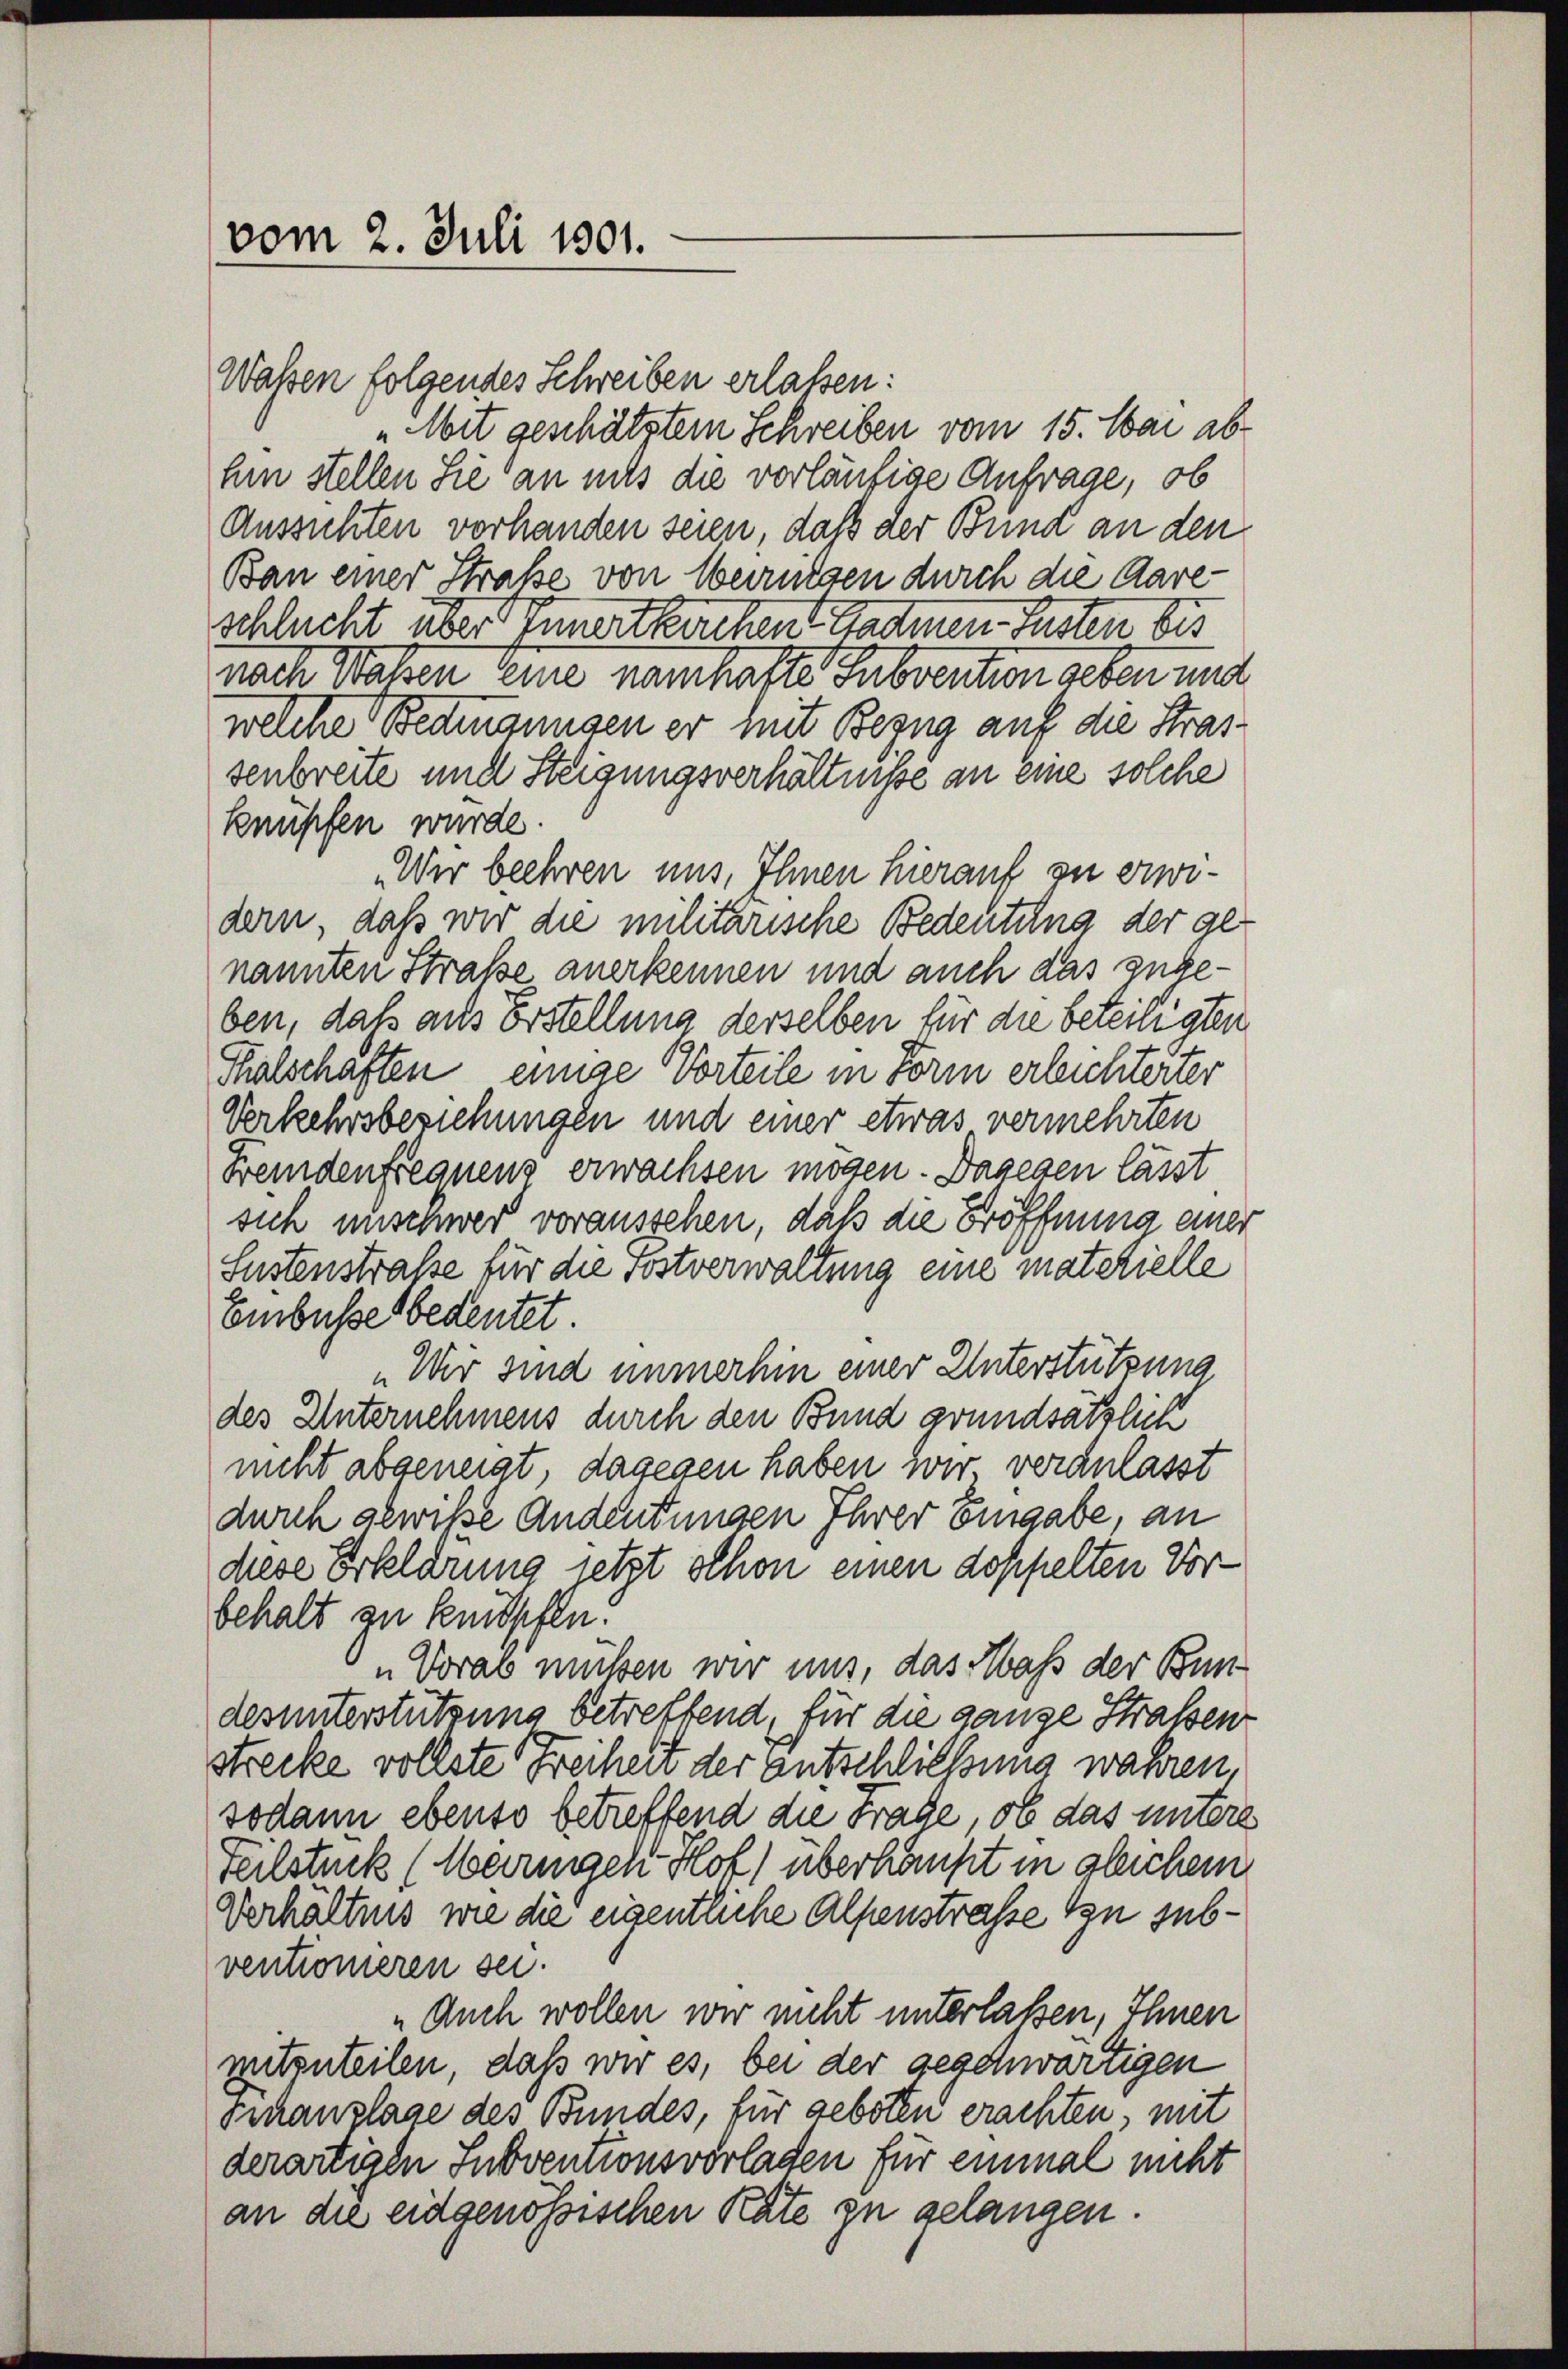
vom 2. Juli 1801.

Wassen folgendes Schreiben erlassen:
„Mit geschätztem Schreiben vom 15. Mai ab
hin stellen Sie an mits die vorläufige Anfrage, ob
Aussichten vorhanden seien, daß der Bund an den
Ban einer Straße von Oberreisen durch die Aareschlucht über Innertbachen Stadmen fasten bis
nach Wassen eine namhafte Subvention geben und
welche Bedingungen er mit Bezug auf die Stras
senbreite und Steigungsverhältnisse an eine solche
knüpfen wurde.
Wir beehren uns, Ihnen hierauf zu erwidern, daß wir die militarische Bedeutung der genannten Straße anerkennen und auch das zugeben, daß aus Erstellung derselben für die beteiligten
Thalschaften, einige Vorteile in Form erleichterter
Verkehrsbeziehungen und einer etwas vermehrten
Fremdenfrequenz erwachsen mögen. Dagegen lässt
sich unschwer voraussehen, daß die Eröffnung einer
Sustenstraße für die Postverwaltung eine materielle
Einbusse bedeutet.
„Wir sind immerhin einer Unterstützung
des Unternehmens durch den Bund grundsätzlich
nicht abgeneigt, dagegen haben wir veranlasst
durch gewiße Andeutungen Ihrer Eingabe, an
diese Erklärung letzt schon einen doppelten Vorbehalt an knüpfen.
„Vorab müssen wir uns, das Maß der Bundesunterstützung betreffend, für die ganze Straßen
strecke vollste Freiheit der entschließung wahren
sodann ebenso betreffend die Frage, ob das untere
Teilstück (Marngeh Hof) überhaupt in gleichem
Verhältnis wie die eigentliche Alpenstraße zu subventioneren sei.
Auch wollen wir nicht unterlaßen, Ihnen
mitzuteilen, daß wir es, bei der geschwärtigen
Kanzlage des Bundes, für geboten erachten, mit
derartigen Subventionsvorladen für einmal nicht
an die eidgenössischen Rate zu gelangen.